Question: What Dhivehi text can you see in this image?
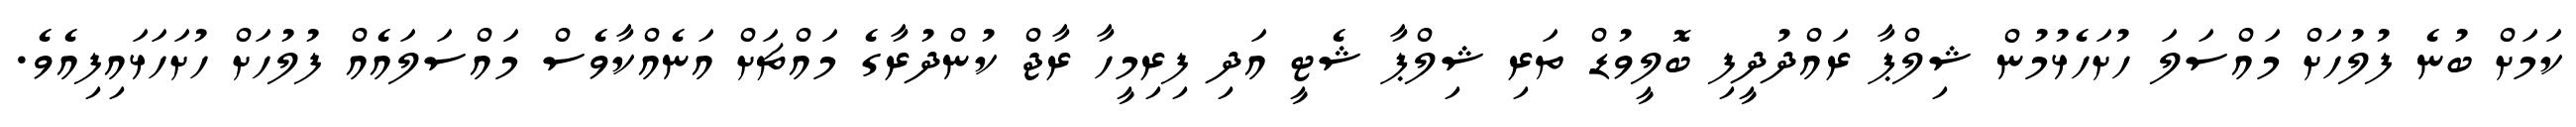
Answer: ކަމަށް ބުނެ ފުލުހަށް މައްސަލަ ހުށަހެޅުމުން ޝިލްޕާ ރައްދުދީފި ބޮލީވުޑް ތަރި ޝިލްޕާ ޝެޓީ އަދި ފިރިމީހާ ރާޖް ކުންދުރާގެ މައްޗަށް އަނެއްކާވެސް މައްސަލައެއް ފުލުހަށް ހުށަހަޅައިފިއެވެ.